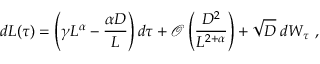
d L ( \tau ) = \left( \gamma L ^ { \alpha } - \frac { \alpha D } { L } \right) d \tau + \mathcal { O } \left( \frac { D ^ { 2 } } { L ^ { 2 + \alpha } } \right) + \sqrt { D } \; d W _ { \tau } \ ,